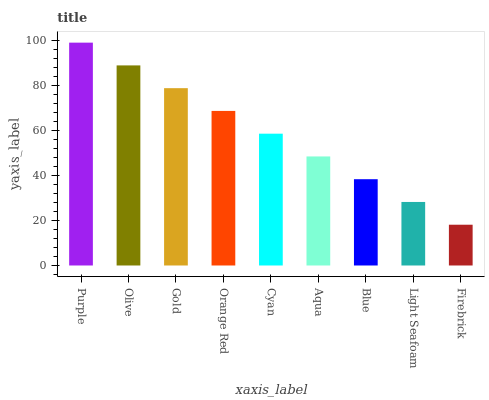
| xaxis_label | bars |
 | --- | --- |
 | Purple | 99 |
 | Olive | 88.9 |
 | Gold | 78.8 |
 | Orange Red | 68.7 |
 | Cyan | 58.6 |
 | Aqua | 48.4 |
 | Blue | 38.3 |
 | Light Seafoam | 28.2 |
 | Firebrick | 18.1 |